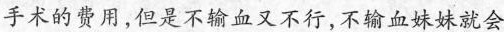
手术的费用，但是不输血又不行，不输血妹妹就会